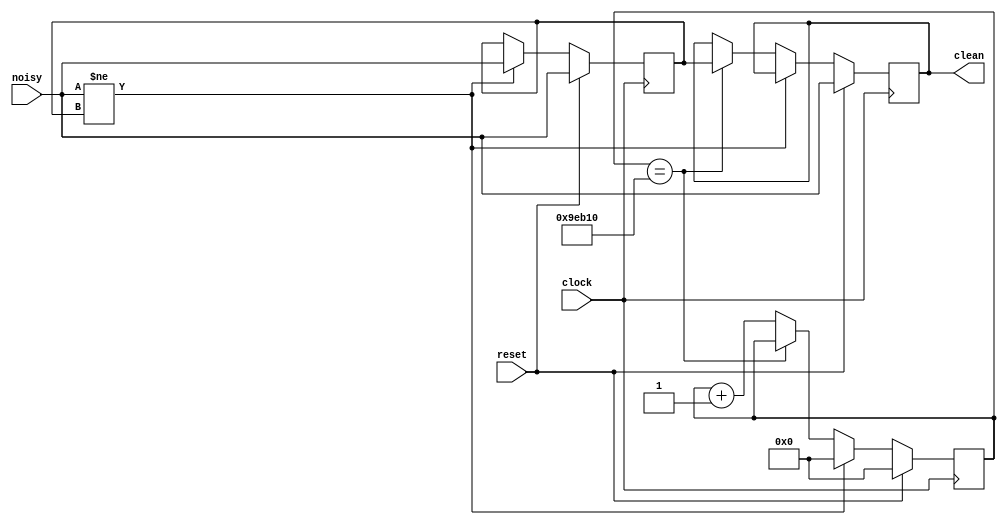
`timescale 1ns / 1ps
//////////////////////////////////////////////////////////////////////////////////
// Company: 
// Engineer: 
// 
// Design Name: 
// Module Name:    debounce 
// Project Name: 
// Target Devices: 
// Tool versions: 
// Description: 
//
// Dependencies: 
//
// Revision: 
// Revision 0.01 - File Created
// Additional Comments: 
//
//////////////////////////////////////////////////////////////////////////////////
module debounce (input reset, clock, noisy,
                 output reg clean);

   reg [19:0] count;
   reg new;

   always @(posedge clock)
     if (reset) begin new <= noisy; clean <= noisy; count <= 0; end
     else if (noisy != new) begin new <= noisy; count <= 0; end
     else if (count == 650000) clean <= new;
     else count <= count+1;

endmodule